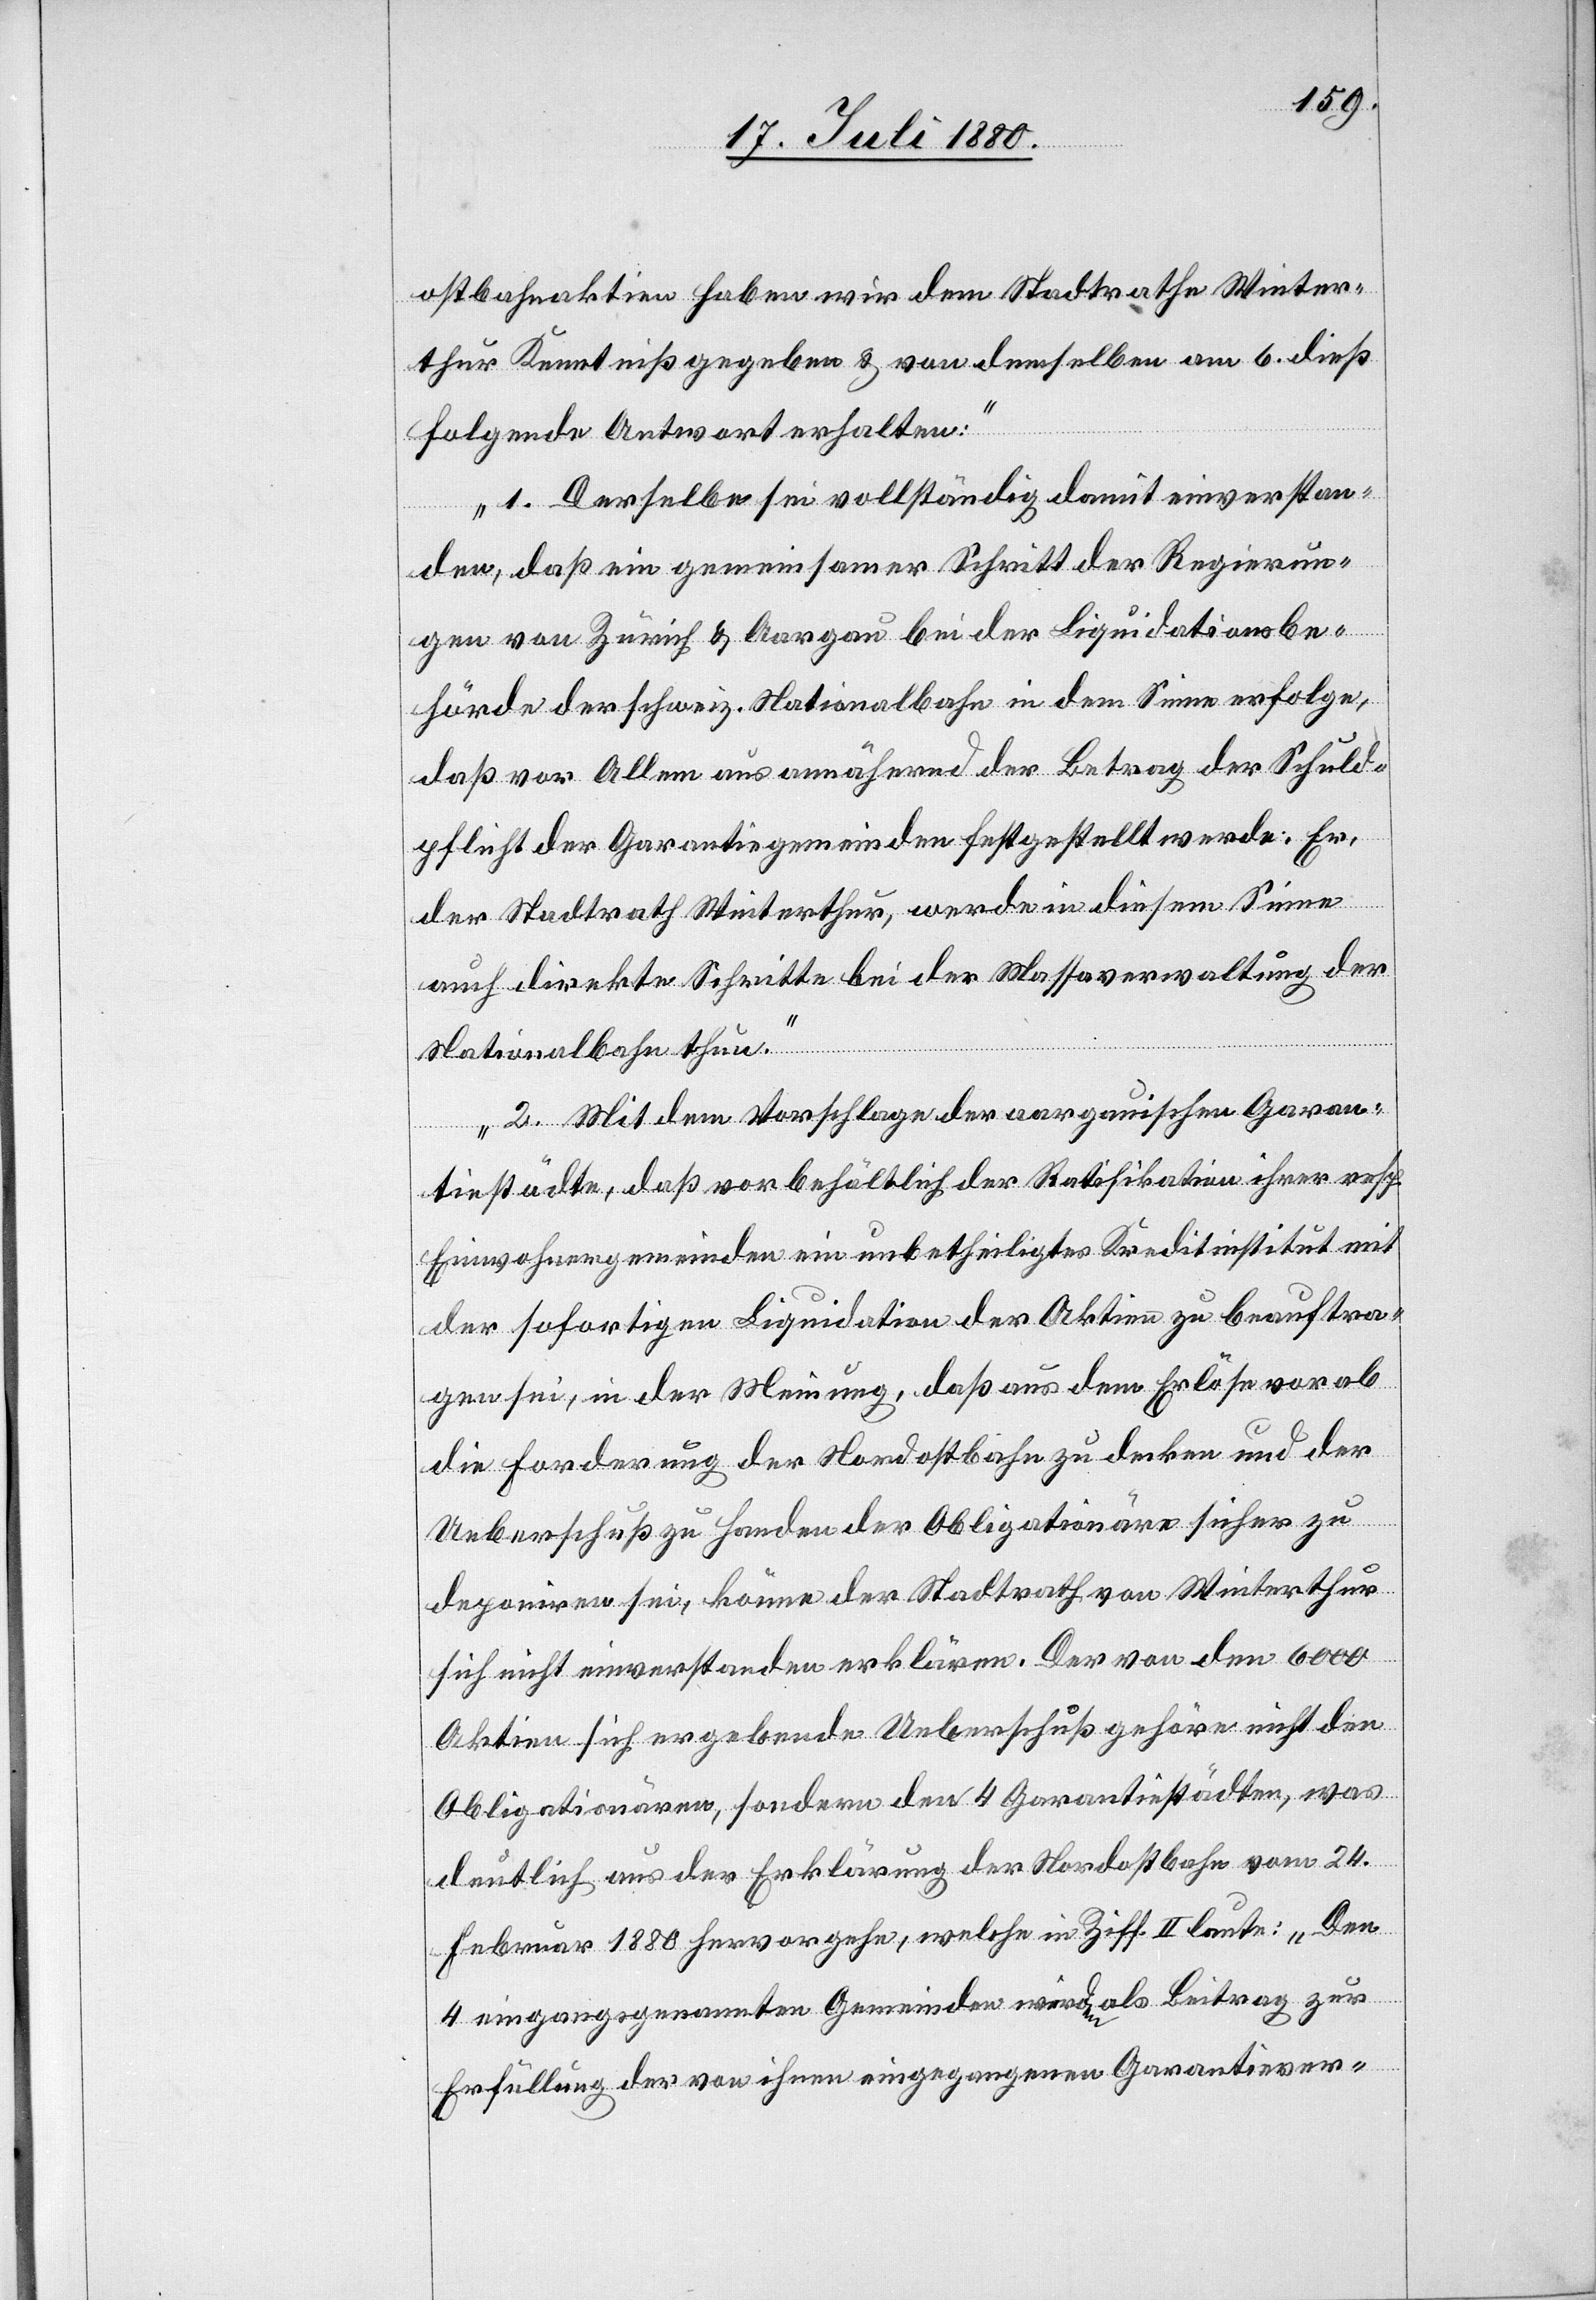
ostbahnaktien haben wir dem Stadtrathe Winter¬
thur Kenntniß gegeben & von demselben am 6. dieß
folgende Antwort erhalten:
1. Derselbe sei vollständig damit einverstan¬
den, daß ein gemeinsamer Schritt der Regierun¬
gen von Zürich & Aargau bei der Liquidationsbe¬
hörde der schweiz. Nationalbahn in dem Sinne erfolge,
daß vor Allem aus annähernd der Betrag der Schuld¬
pflicht der Garantiegemeinden festgestellt werde. Er,
der Stadtrath Winterthur, werde in diesem Sinne
auch direkte Schritte bei der Massaverwaltung der
Nationalbahn thun.
2. Mit dem Vorschlage der aargauischen Garan¬
tiestädte, daß vorbehältlich der Ratifikation ihrer resp.
Einwohnergemeinde ein unbetheiligtes Kreditinstitut mit
der sofortigen Liquidation der Aktien zu beauftra¬
gen sei, in der Meinung, daß aus dem Erlöse vorab
die Forderung der Nordostbahn zu decken und der
Ueberschuß zu Handen der Obligationäre sicher zu
deponiren sei, könne der Stadtrath von Winterthur
sich nicht einverstanden erklären. Der von den 6000
Aktien sich ergebende Ueberschuß gehöre nicht den
Obligationären, sondern den 4 Garantiestädten, was
deutlich aus der Erklärung der Nordostbahn vom 24.
Februar 1880 herausgehe, welche in Ziff. II laute: Den
4 eingangsgenannten Gemeinden wird als Beitrag zur
Erfüllung der von ihnen eingegangenen Garantiever-